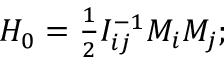
\begin{array} { r } { H _ { 0 } = \frac 1 2 I _ { i j } ^ { - 1 } M _ { i } M _ { j } ; } \end{array}